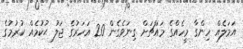
އަމަލެއް ހިންގާ މީހެއްގެ މައްޗަށް ގިނަވެގެން 20 އަހަރުގެ ޖަލު ޙުކުމެއް ކުރުމުގެ